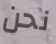
نحن